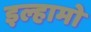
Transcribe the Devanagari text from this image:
इल्हामो